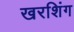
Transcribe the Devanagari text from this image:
खरशिंग